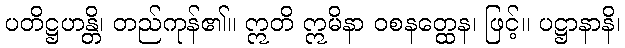
ပတိဋ္ဌဟန္တိ၊ တည်ကုန်၏။ ဣတိ ဣမိနာ ဝစနတ္ထေန၊ ဖြင့်။ ပဋ္ဌာနာနိ၊